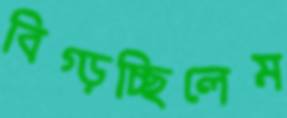
বিগ্‌ড়চ্ছিলেম